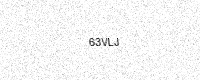
Text: 63VLJ